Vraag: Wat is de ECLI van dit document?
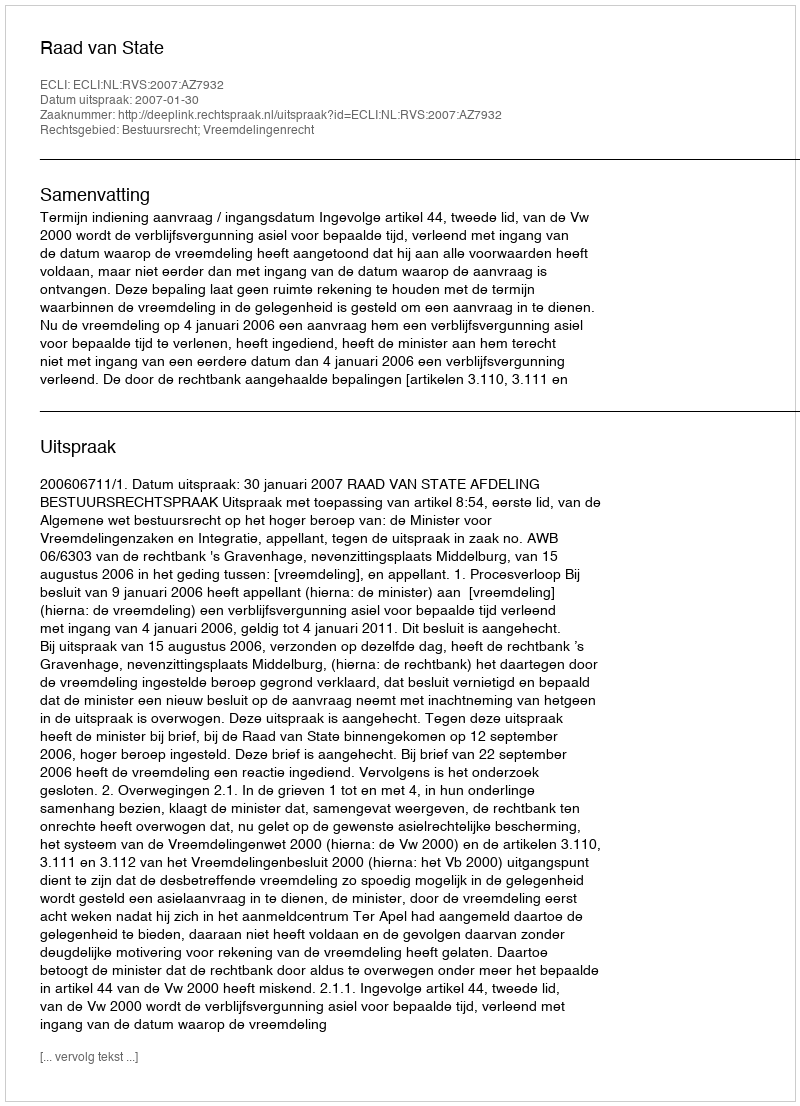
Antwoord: ECLI:NL:RVS:2007:AZ7932